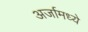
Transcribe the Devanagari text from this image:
अर्जामध्ये